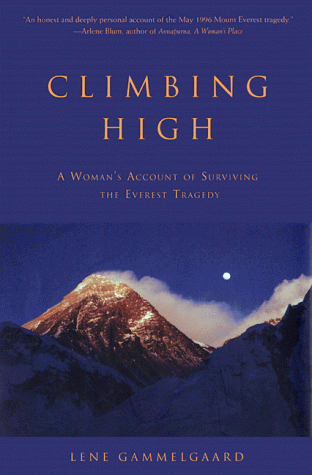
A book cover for Climbing High: A Woman's Account of Surviving the Everest Tragedy; Lene Gammelgaard; Biographies & Memoirs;